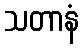
သတာနံ